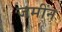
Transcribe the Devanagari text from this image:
जमींन